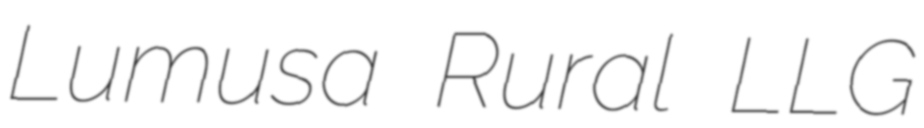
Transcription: Lumusa Rural LLG